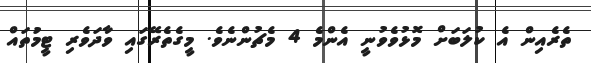
ތެރެއިން އެ ކުލަބަށް މޮޅުވެވުނީ އެންމެ 4 މެޗުންނެވެ. މީގެތެރޭގައި ވާދަވެރި ޓީމުތައް